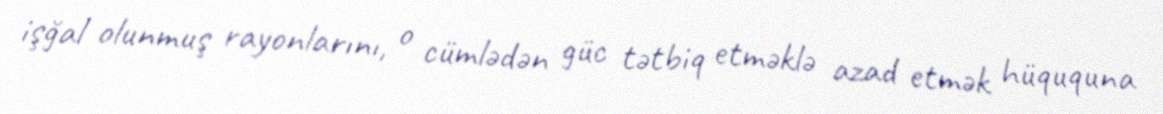
işğal olunmuş rayonlarını, o cümlədən güc tətbiq etməklə azad etmək hüququna